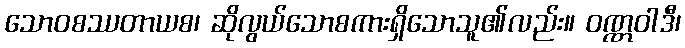
သောဝစဿတာယစ၊ ဆိုလွယ်သောစကားရှိသောသူ၏လည်း။ ဝဏ္ဏဝါဒီ၊